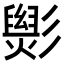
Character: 𢒵